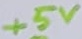
Text: +5V